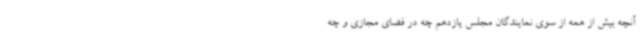
آنچه بیش از همه از سوی نمایندگان مجلس یازدهم چه در فضای مجازی و چه